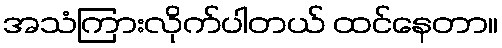
အသံကြားလိုက်ပါတယ် ထင်နေတာ။